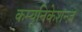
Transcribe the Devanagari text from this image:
कम्यूनिकेशन्ज़